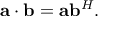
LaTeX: \mathbf { a } \cdot \mathbf { b } = \mathbf { a } \mathbf { b } ^ { H } .